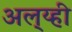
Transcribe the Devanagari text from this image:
अल््य्ही